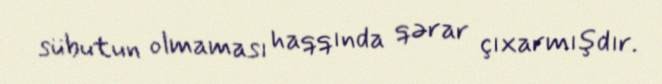
sübutun olmaması haqqında qərar çıxarmışdır.